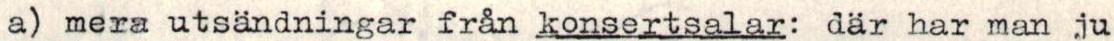
a) mera utsändningar från konsertsalar: där har man ju